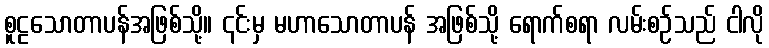
စူဠသောတာပန်အဖြစ်သို့။ ၎င်းမှ မဟာသောတာပန် အဖြစ်သို့ ရောက်စရာ လမ်းစဉ်သည် ငါလို